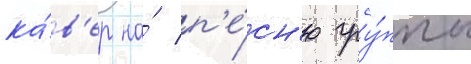
ка́в'ер на́ п'е́сн'ю гру́ппы